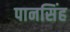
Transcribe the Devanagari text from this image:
पानसिंह